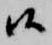
候